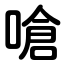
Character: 嗆